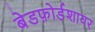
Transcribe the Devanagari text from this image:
बेडफ़ोर्डशायर